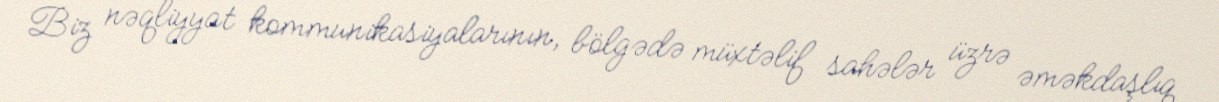
Biz nəqliyyat kommunikasiyalarının, bölgədə müxtəlif sahələr üzrə əməkdaşlıq